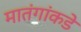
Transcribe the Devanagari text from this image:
मातंगांकडे